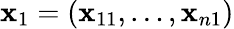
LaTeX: \mathbf{x}_{1}=(\mathbf{x}_{11},\dots,\mathbf{x}_{n1})